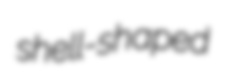
shell-shaped